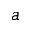
^ a